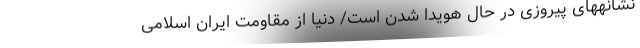
نشانههای پیروزی در حال هویدا شدن است/ دنیا از مقاومت ایران اسلامی